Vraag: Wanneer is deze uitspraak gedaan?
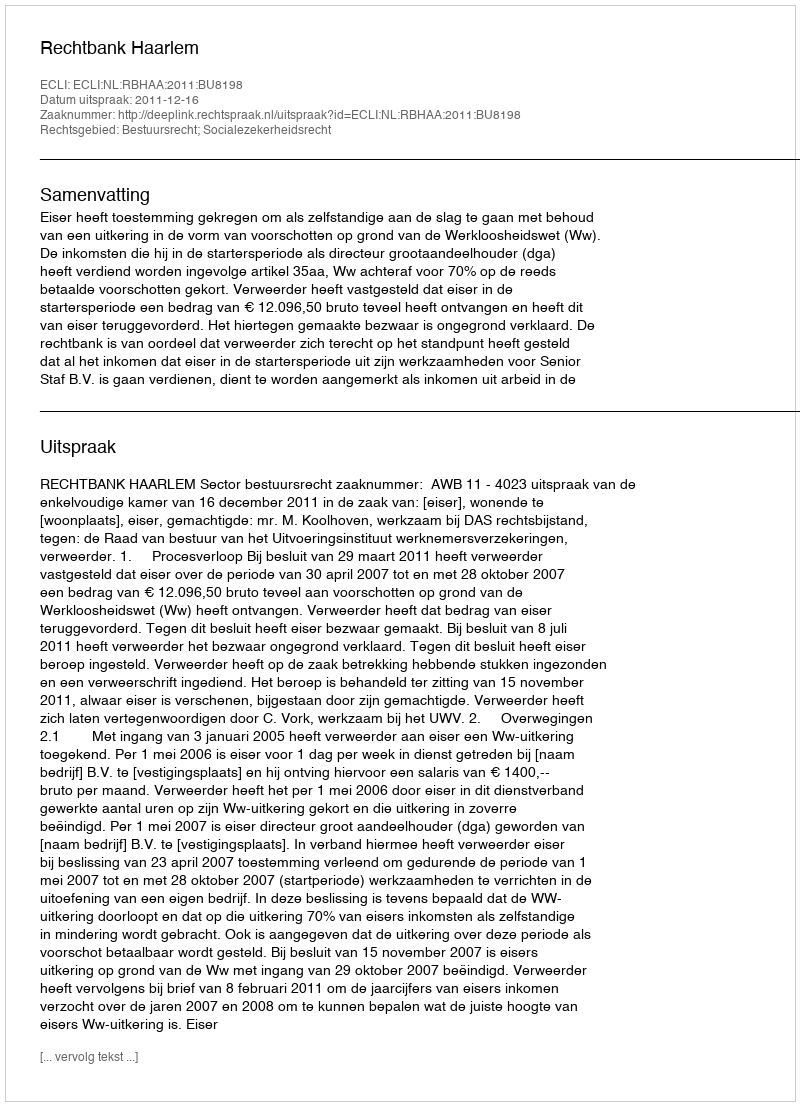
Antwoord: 2011-12-16